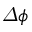
\varDelta \phi